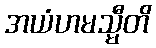
အယံဟမသ္မီတိ